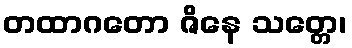
တထာဂတော ဇိနေ သတ္တေ၊